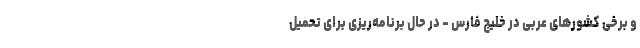
و برخی کشورهای عربی در خلیج فارس - در حال برنامه‌ریزی برای تحمیل